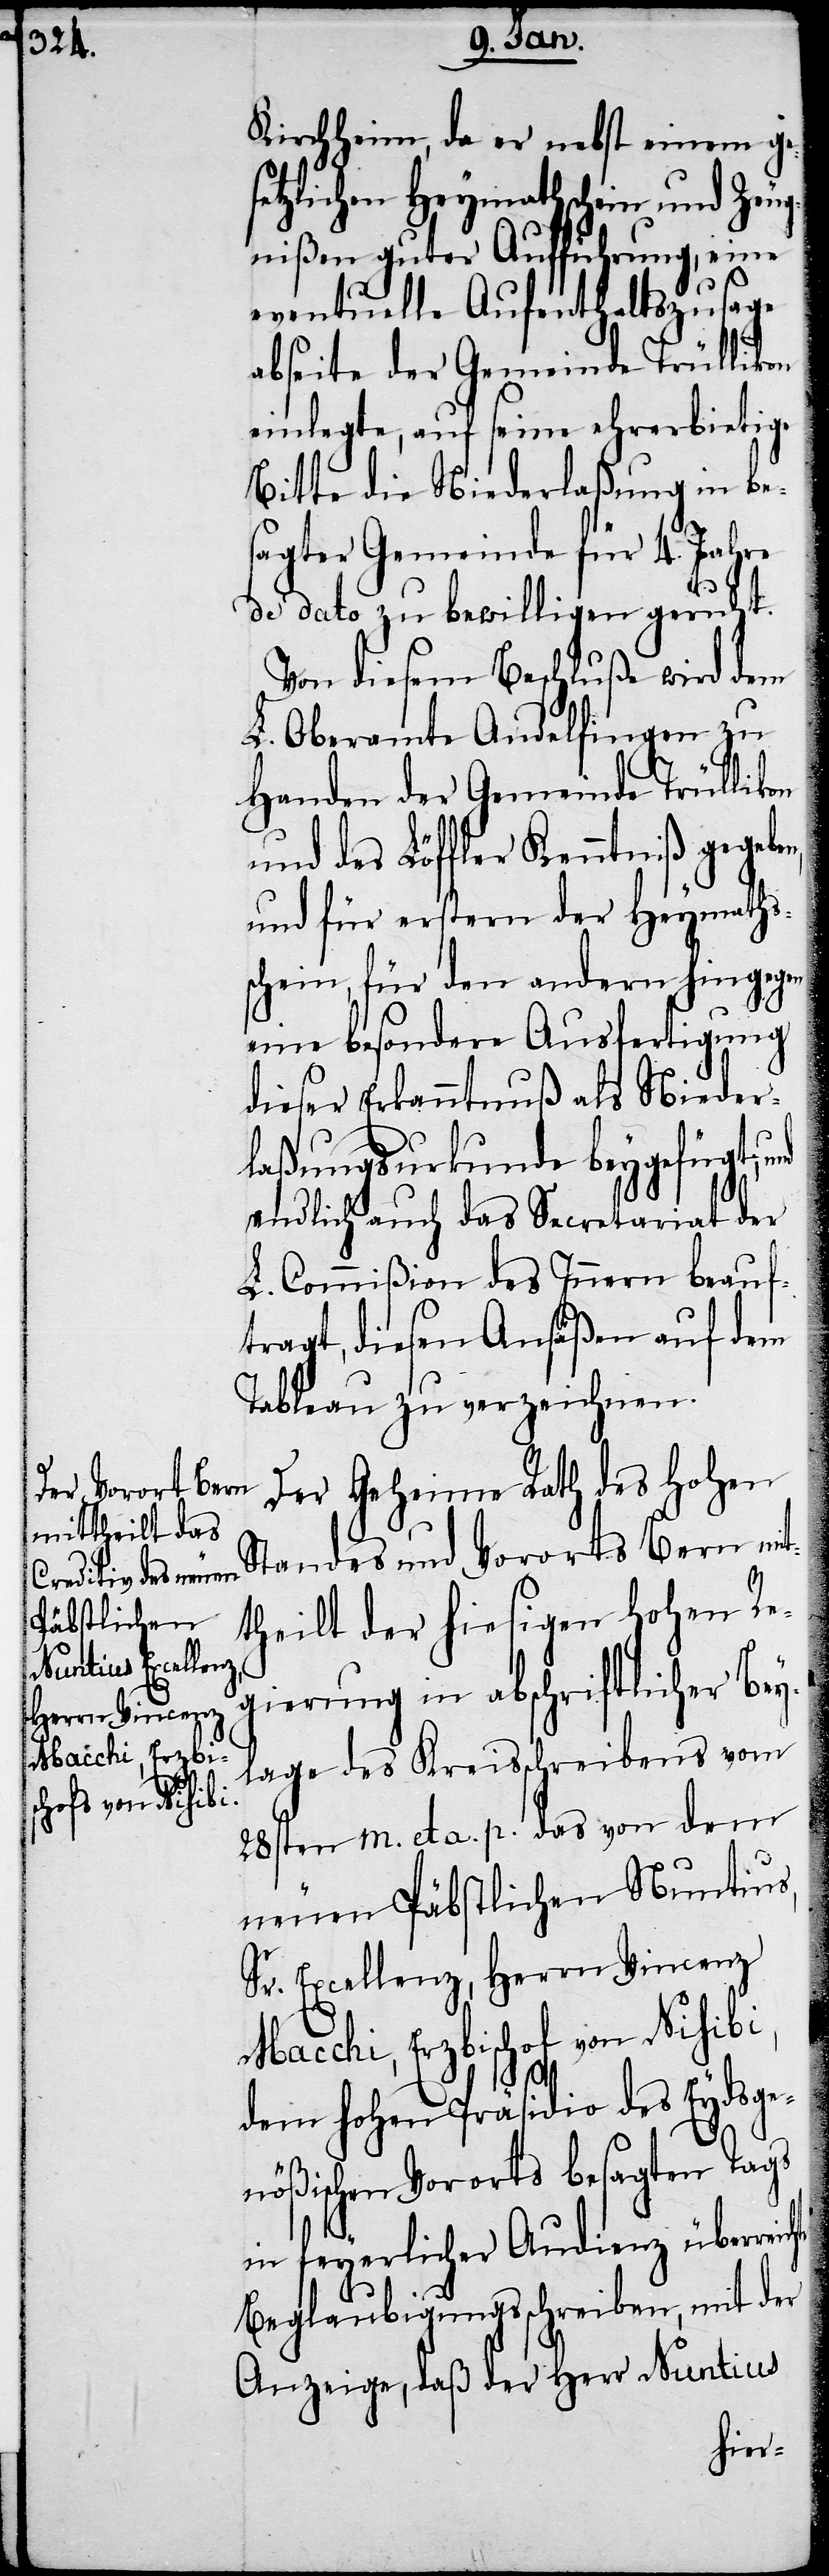
Macchi, Erzbi¬
schof von Nisibi,

Kirchheim, da er nebst einem ge¬
setzlichen Heymathschein und Zeug¬
nißen guter Aufführung, eine
eventuelle Aufenthaltszusage
abseite der Gemeinde Trüllikon
einlegte, auf seine ehrerbietige
Bitte die Niederlaßung in be¬
sagter Gemeinde für 4. Jahre
de dato zu bewilligen geruht.
Von diesem Beschluße wird dem
L. Oberamte Andelfingen zu
Handen der Gemeinde Trüllikon
und des Löffler Kenntniß gegeb¬
und für erstern der Heymaths¬
schein, für den andern hingegen
eine besondere Ausfertigung
dieser Erkanntnuß als Nieder¬
laßungsurkunde beygefügt,
endlich auch das Secretariat der
L. Commißion des Innern beauf¬
tragt, diesen Ansäßen auf dem
Tableau zu verzeichnen.
Der Geheime Rath des Hohen
Standes und Vororts Bern mit¬
en,
theilt der hiesigen Hohen Re¬
gierung in abschriftlicher Bey¬
lage des Kreisschreibens vom
28sten m. et a. p. das von dem
neuen Päbstlichen Nuntius,
Sr. Excellenz, Herrn Vincenz
ichte
dem hohen Präsidio des Eydsge¬
nößischen Vororts besagten Tags
in feyerlicher Audienz überre¬
Beglaubigungsschreiben, mit der
Anzeige, daß der Herr Nuntius